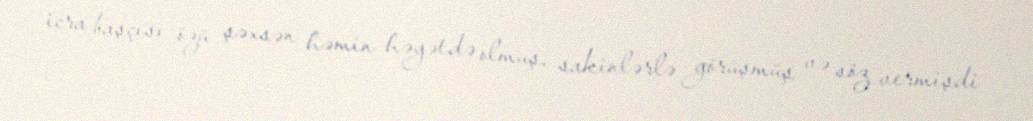
icra başçısı özü şəxsən həmin həyətdə olmuş, sakinlərlə görüşmüş və söz vermişdi